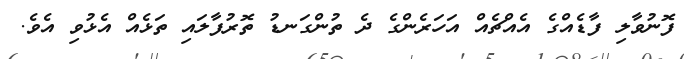
ފޮނުވާލި ފާޑެއްގެ އެއްޗެއް އަހަރެންގެ ދެ ތުންގަނޑު ތޮރުފާލައި ތަޅެއް އެޅުވި އެވެ.